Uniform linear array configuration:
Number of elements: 64
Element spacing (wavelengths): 0.25
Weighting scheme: cosine
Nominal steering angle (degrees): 0
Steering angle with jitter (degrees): -0.9719
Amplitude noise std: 0.05
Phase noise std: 0.05

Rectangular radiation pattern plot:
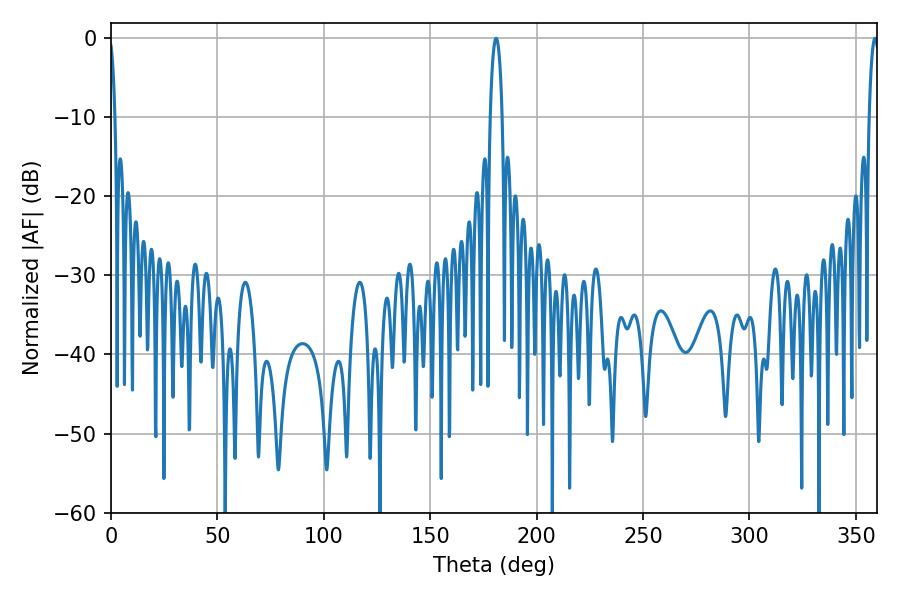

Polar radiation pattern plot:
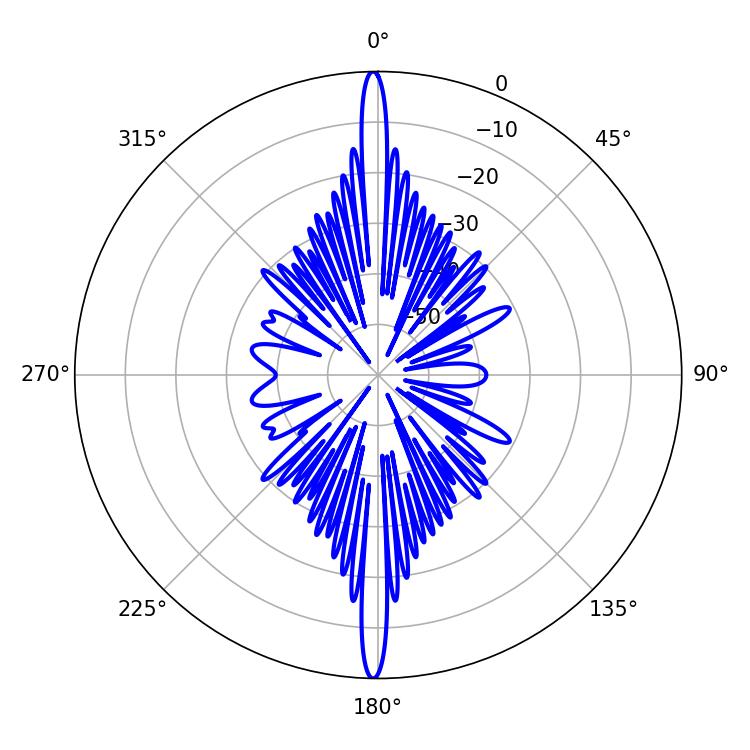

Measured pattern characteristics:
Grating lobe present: FALSE
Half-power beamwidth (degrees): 3.06
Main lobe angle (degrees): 180.9